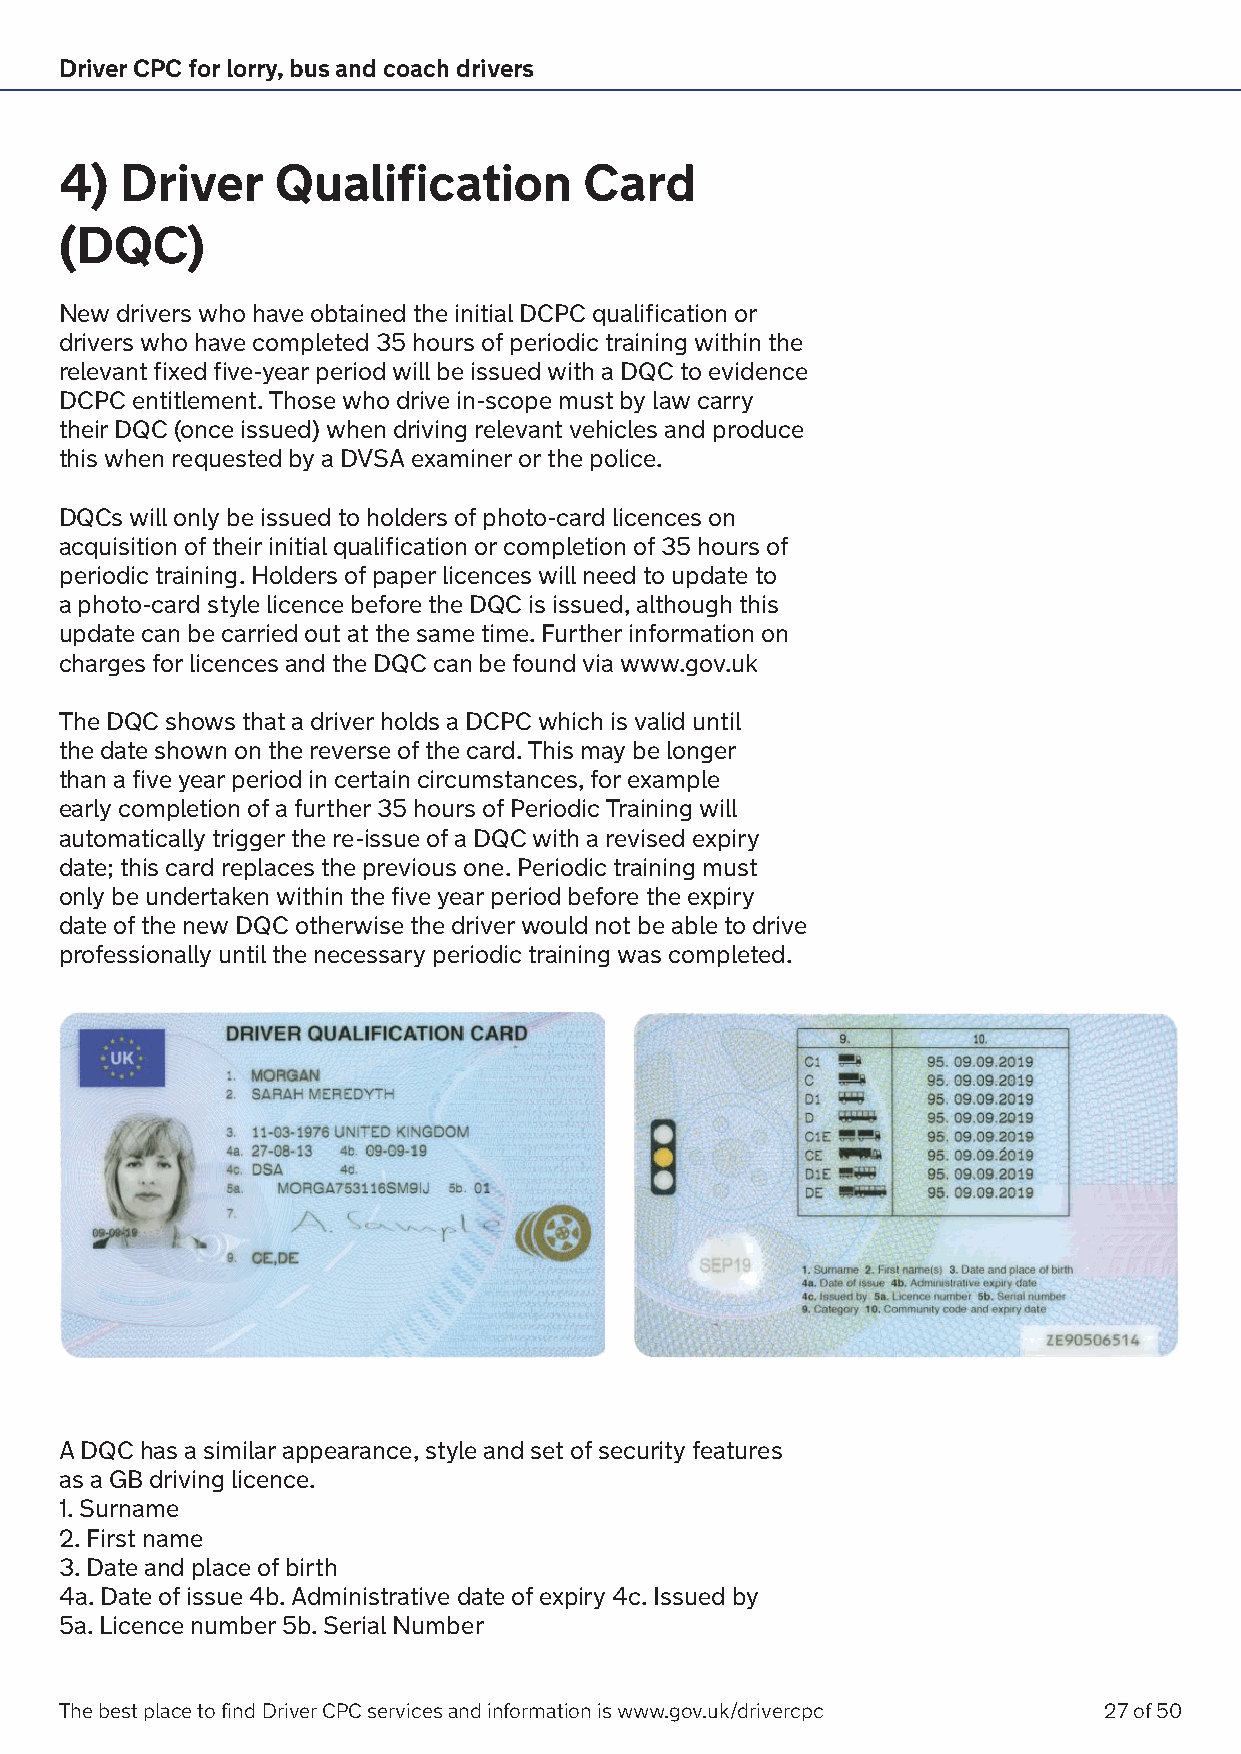
Driver CPC for lorry, bus and coach drivers
 4)  Driver    Qualification        Card
 (DQC)
 New drivers who have obtained the initial DCPC qualification or
 drivers who have completed 35 hours of periodic training within the
 relevant fixed five-year period will be issued with a DQC to evidence
 DCPC entitlement. Those who drive in-scope must by law carry
 their DQC (once issued) when driving relevant vehicles and produce
 this when requested by a DVSA examiner or the police.
 DQCs will only be issued to holders of photo-card licences on
 acquisition of their initial qualification or completion of 35 hours of
 periodic training. Holders of paper licences will need to update to
 a photo-card style licence before the DQC is issued, although this
 update can be carried out at the same time. Further information on
 charges for licences and the DQC can be found via www.gov.uk
 The DQC shows that a driver holds a DCPC which is valid until
 the date shown on the reverse of the card. This may be longer
 than a five year period in certain circumstances, for example
 early completion of a further 35 hours of Periodic Training will
 automatically trigger the re-issue of a DQC with a revised expiry
 date; this card replaces the previous one. Periodic training must
 only be undertaken within the five year period before the expiry
 date of the new DQC otherwise the driver would not be able to drive
 professionally until the necessary periodic training was completed.
 A DQC has a similar appearance, style and set of security features
 as a GB driving licence.
 1. Surname
 2. First name
 3. Date and place of birth
 4a. Date of issue 4b. Administrative date of expiry 4c. Issued by
 5a. Licence number 5b. Serial Number
 The best place to find Driver CPC services and information is www.gov.uk/drivercpc 27 of 50